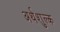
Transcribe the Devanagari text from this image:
अर्थशुल्क